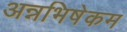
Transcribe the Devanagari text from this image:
अन्नभिषेकम